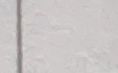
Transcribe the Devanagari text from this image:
अनुरागको साथ